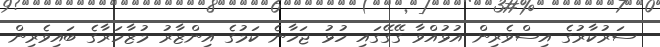
ސަރުކާރުގެ އިސްވެރިން އުޅުއްވާ ގޭގޭގައި ހުޅު ޖަހާނެ ކަމުގެ އިންޒާރު މުޒާހަރާގެ ބައިވެރިން